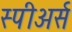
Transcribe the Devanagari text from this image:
स्पीअर्स